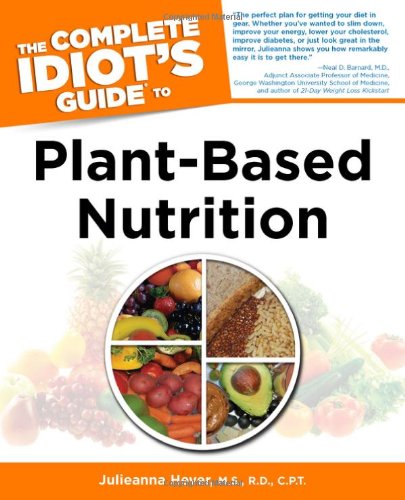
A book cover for The Complete Idiot's Guide to Plant-Based Nutrition (Idiot's Guides); Julieanna Hever; Health, Fitness & Dieting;